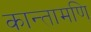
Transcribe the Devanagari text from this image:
कान्तामणि